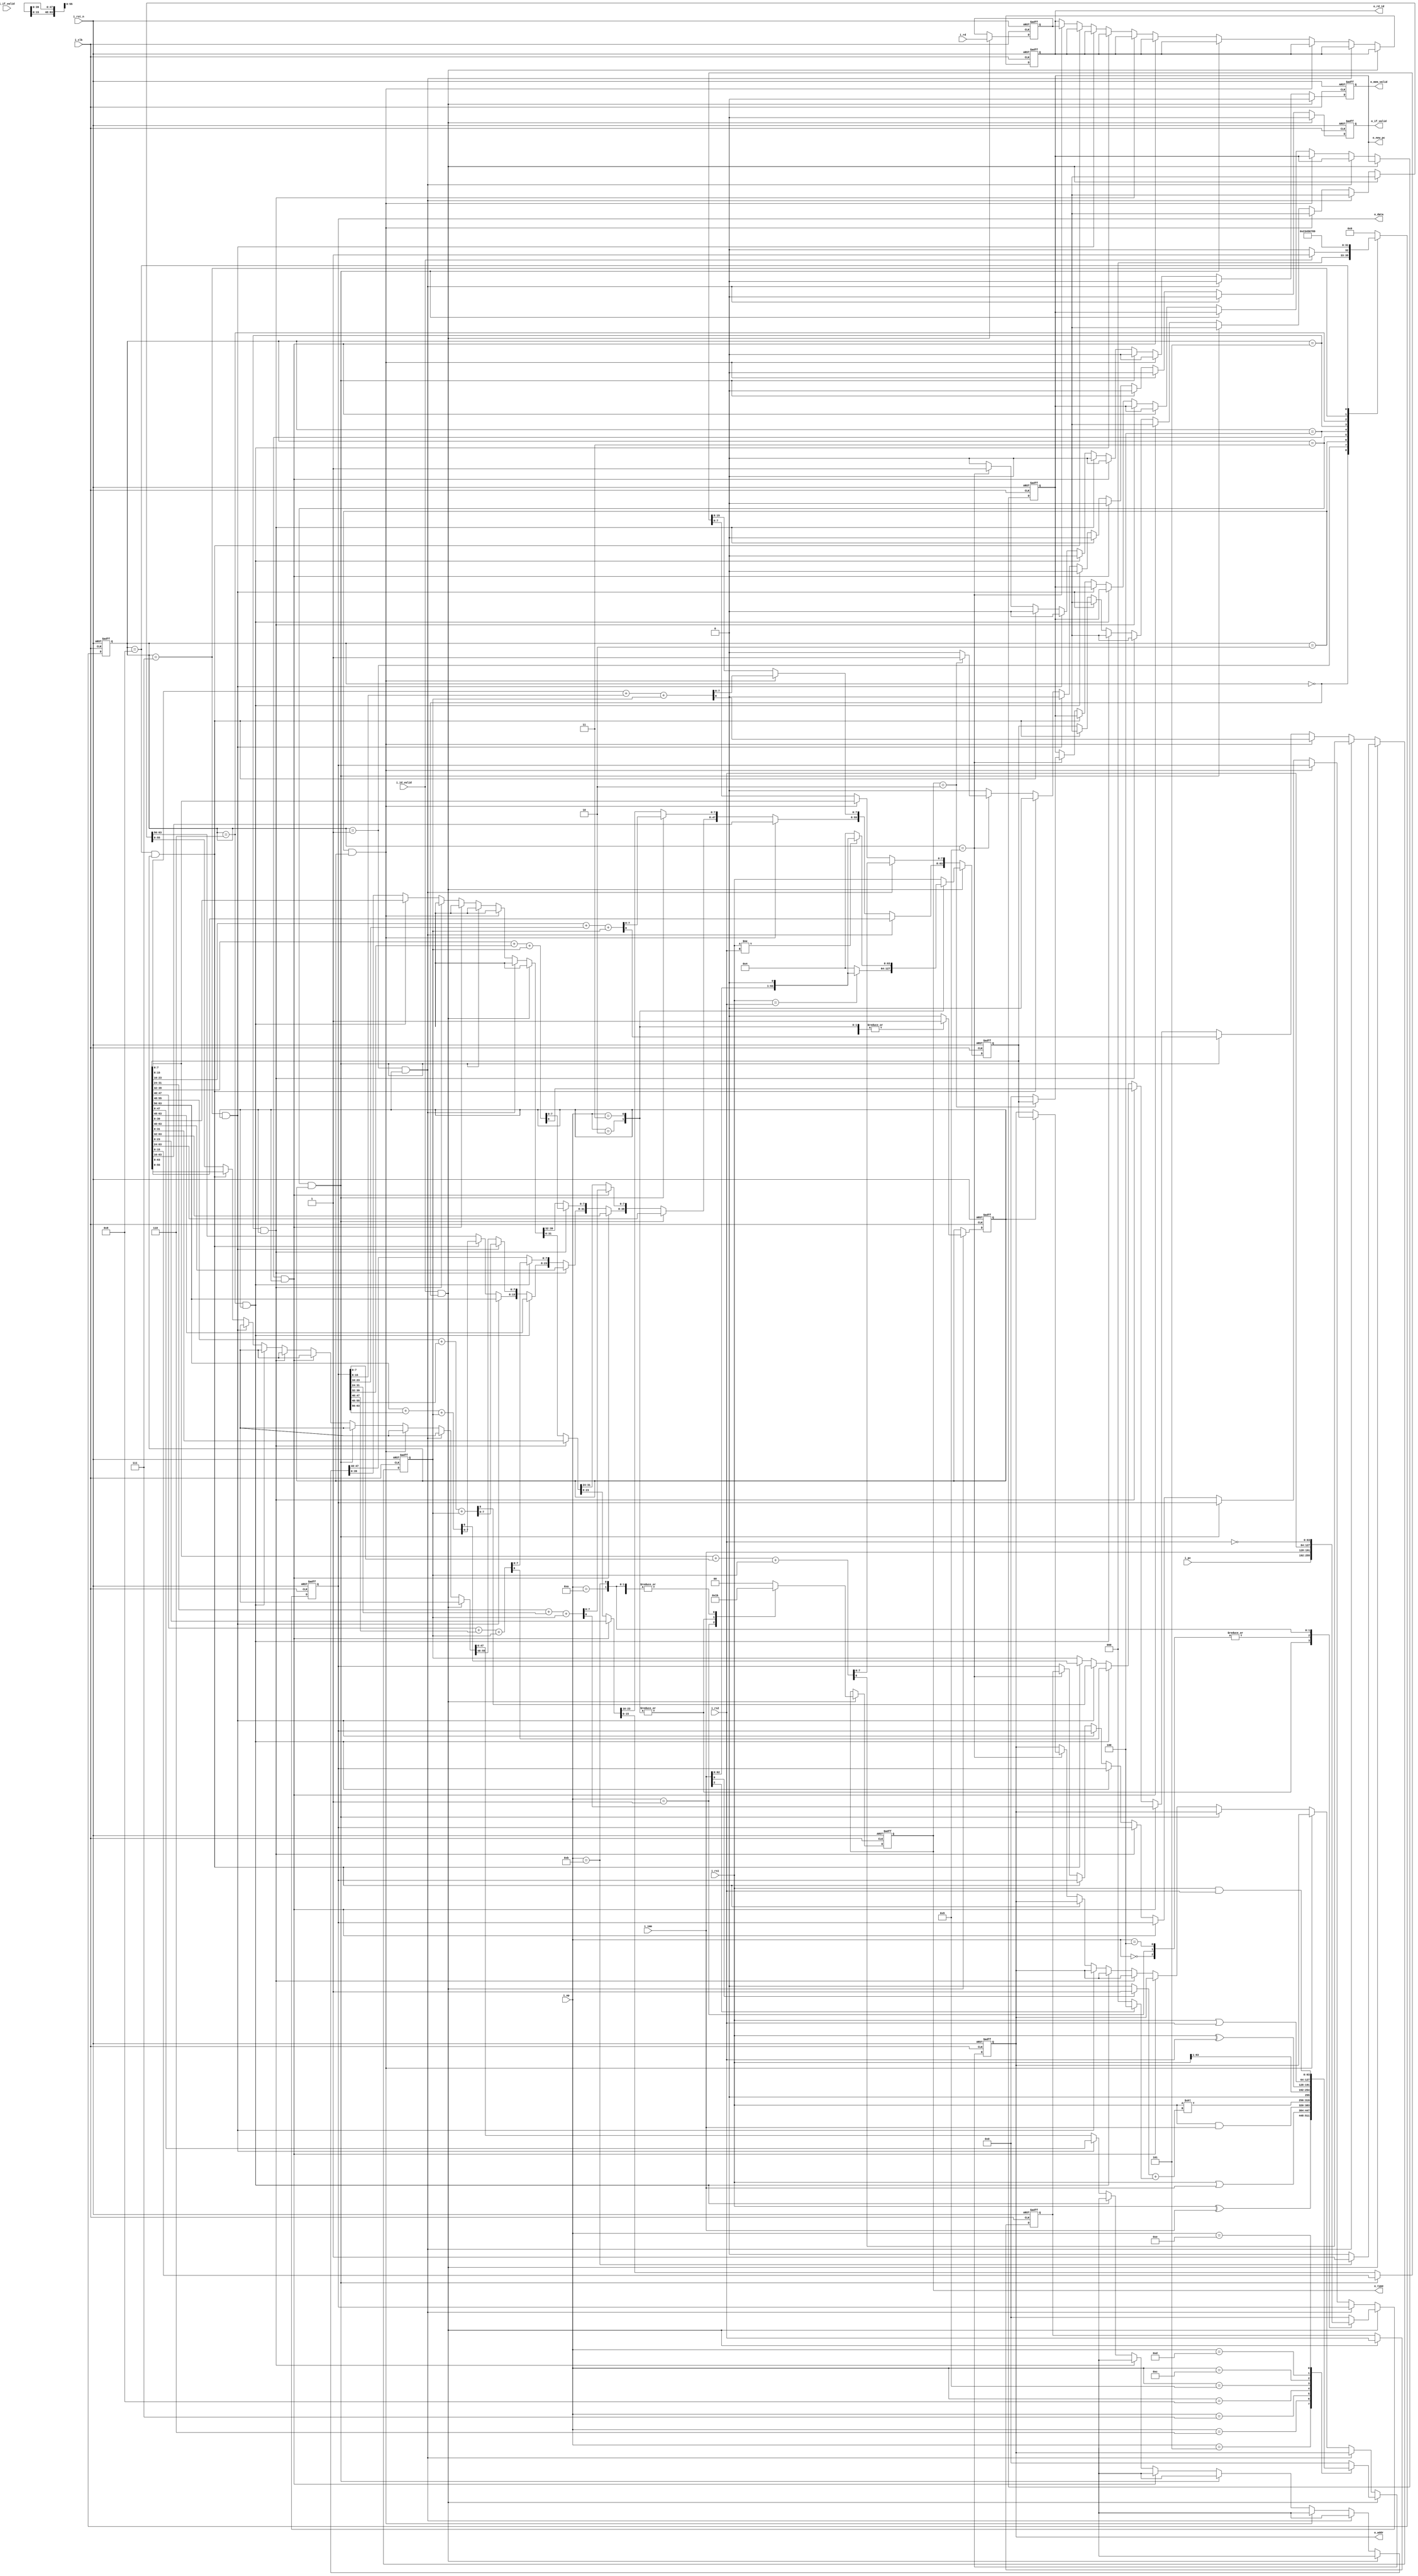
module EX #( 
	parameter ADDR_W = 64,
	parameter INST_W = 32,
	parameter DATA_W = 64

)(
    input                   i_clk,
    input                   i_rst_n,
    input                  i_id_valid,
    input [DATA_W-1 : 0] i_rs1,
    input [DATA_W-1 : 0] i_rs2,
    input [4 : 0]          i_rd,
    input [DATA_W-1 : 0] i_imm,
    input [3 : 0]          i_op,
    input [DATA_W-1 : 0] i_pc,
    input                  i_if_valid,
    output [DATA_W-1 : 0] o_addr,
    output [DATA_W-1 : 0] o_data,
    output [4 : 0]          o_rd_id,
    output [1 : 0]          o_type,
    output                  o_mem_valid,
    output [DATA_W-1:0]     o_new_pc,
    output                  o_if_valid

);
    parameter LD = 0;
    parameter SD = 1;
    parameter BEQ = 2;
    parameter BNE = 3;
    parameter ADDI = 4;
    parameter XORI = 5;
    parameter ORI = 6;
    parameter ANDI = 7;
    parameter SLLI = 8;
    parameter SRLI = 9;
    parameter ADD = 10;
    parameter SUB = 11;
    parameter XOR = 12;
    parameter OR = 13;
    parameter AND = 14;

    reg [DATA_W-1 : 0] o_addr_r, o_addr_w;
    reg [DATA_W-1 : 0] o_data_r, o_data_w;
    reg [4 : 0]          o_rd_id_r, o_rd_id_w;
    reg [1 : 0]          o_type_r, o_type_w;
    reg                  o_mem_valid_r, o_mem_valid_w;
    reg [DATA_W-1 : 0]     o_new_pc_r, o_new_pc_w;
    reg                  o_if_valid_r, o_if_valid_w;
    
    reg [3 : 0] cs, ns;
    reg [DATA_W-1 : 0] rs2_r, rs2_w;
    reg [4 : 0]          rd_r, rd_w;
    reg [3 : 0]          op_r, op_w;
    reg [DATA_W-1 : 0]  tmp_r, tmp_w;
    reg                  carry_r, carry_w;
    reg                  cont_r, cont_w;

    assign o_addr = o_addr_r;
    assign o_data = o_data_r;
    assign o_rd_id = o_rd_id_r;
    assign o_type = o_type_r;
    assign o_mem_valid = o_mem_valid_r;
    assign o_new_pc = o_new_pc_r;
    assign o_if_valid = o_if_valid_r;

    integer i;
    always @(*) begin
        if(i_id_valid && cs == 0) begin
            // $display("ex_start");
            rs2_w = i_rs2;
            rd_w = i_rd;
            op_w = i_op;
            case (i_op)
                LD: begin
                    tmp_w = i_rs1;
                    o_addr_w = 0;
                    o_data_w = i_imm;
                    carry_w = 0;
                    o_type_w = 0;
                    cont_w = 1;
                end
                SD: begin
                    tmp_w = i_rs1;
                    o_addr_w = 0;
                    o_data_w = i_imm;
                    carry_w = 0;
                    o_type_w = 1;
                    cont_w = 1;
                end
                BEQ: begin
                    // $display("branch");
                    if(i_rs1 == i_rs2) begin
                        tmp_w = i_imm << 1;
                        // $display("branch 1");
                    end else begin
                        tmp_w = 4;
                    end
                    o_addr_w = 0;
                    o_data_w = i_pc;
                    carry_w = 0;
                    o_type_w = 2;
                    cont_w = 1;
                    // $display("i_imm:\n%b\n tmp_w,o_data_w:\n%b\n%b",i_imm, tmp_w, o_data_w);
                end
                BNE: begin
                    // $display("branch");
                    if(i_rs1 != i_rs2) begin
                        tmp_w = i_imm << 1;
                        // $display("branch 1");
                    end else begin
                        tmp_w = 4;
                    end
                    o_addr_w = 0;
                    o_data_w = i_pc;
                    carry_w = 0;
                    o_type_w = 2;
                    cont_w = 1;
                    // $display("i_imm:\n%b\n tmp_w,o_data_w:\n%b\n%b",i_imm, tmp_w, o_data_w);
                end
                ADDI: begin
                    tmp_w = i_rs1;
                    o_addr_w = 0;
                    o_data_w = i_imm;
                    carry_w = 0;
                    o_type_w = 3;
                    cont_w = 1;
                end
                XORI: begin
                    tmp_w = i_rs1;
                    o_addr_w = i_rs1 ^ i_imm;
                    o_data_w = 0;
                    carry_w = 0;
                    o_type_w = 3;
                    cont_w = 0;
                end
                ORI: begin
                    tmp_w = i_rs1;
                    o_addr_w = i_rs1 | i_imm;
                    o_data_w = 0;
                    carry_w = 0;
                    o_type_w = 3;
                    cont_w = 0;
                end
                ANDI: begin
                    tmp_w = i_rs1;
                    o_addr_w = i_rs1 & i_imm;
                    o_data_w = 0;
                    carry_w = 0;
                    o_type_w = 3;
                    cont_w = 0;
                end
                SLLI: begin
                    tmp_w = i_rs1;
                    i = (i_imm[0])? 1 : 0;
                    i = i + ((i_imm[2])? 4 : 0);
                    o_addr_w = i_rs1 << i[3 : 0];
                    o_data_w = 0;
                    carry_w = 0;
                    o_type_w = 3;
                    cont_w = 0;
                end
                SRLI: begin
                    tmp_w = i_rs1;
                    o_addr_w = i_rs1 >> 1;
                    o_data_w = 0;
                    carry_w = 0;
                    o_type_w = 3;
                    cont_w = 0;
                end
                ADD: begin
                    tmp_w = i_rs1;
                    o_addr_w = 0;
                    o_data_w = i_rs2;
                    carry_w = 0;
                    o_type_w = 3;
                    cont_w = 1;
                end
                SUB: begin
                    tmp_w = i_rs1;
                    o_addr_w = 0;
                    o_data_w = ~i_rs2;
                    carry_w = 1;
                    o_type_w = 3;
                    cont_w = 1;
                end
                XOR: begin
                    tmp_w = i_rs1;
                    o_addr_w = i_rs1 ^ i_rs2;
                    o_data_w = 0;
                    carry_w = 0;
                    o_type_w = 3;
                    cont_w = 0;
                end
                OR: begin
                    tmp_w = i_rs1;
                    o_addr_w = i_rs1 | i_rs2;
                    o_data_w = 0;
                    carry_w = 0;
                    o_type_w = 3;
                    cont_w = 0;
                end
                AND: begin
                    tmp_w = i_rs1;
                    o_addr_w = i_rs1 & i_rs2;
                    o_data_w = 0;
                    carry_w = 0;
                    o_type_w = 3;
                    cont_w = 0;
                end
                default: begin
                    tmp_w = i_rs1;
                    o_addr_w = 0;
                    o_data_w = 0;
                    carry_w = 0;
                    o_type_w = 0;
                    cont_w = 0;
                end
            endcase
            o_rd_id_w = o_rd_id_r;
            o_mem_valid_w = 0;
            o_new_pc_w = o_new_pc_r;
            o_if_valid_w = 0;
            // $display("op: %d(beq2,bne3), imm: %d", i_op, tmp_w);
        end else if (cs == 1 && cont_r) begin
            // $display("tmp_r:%d, o_data_r: %d",tmp_r, o_data_r);
            {carry_w, tmp_w[7 : 0]} =  tmp_r[7 : 0] + o_data_r[7 : 0] + carry_r;
            tmp_w[63 : 8] = tmp_r[63 : 8];
            o_addr_w = o_addr_r;
            o_data_w = o_data_r;  
            o_rd_id_w = o_rd_id_r;
            o_type_w = o_type_r;
            o_mem_valid_w = 0;
            o_new_pc_w = o_new_pc_r;
            o_if_valid_w = 0;
            rs2_w = rs2_r;
            rd_w = rd_r;
            op_w = op_r;
            cont_w = cont_r;
        end else if (cs == 2 && cont_r) begin
            {carry_w, tmp_w[15 : 8]} =  tmp_r[15 : 8] + o_data_r[15 : 8] + carry_r;
            tmp_w[7 : 0] = tmp_r[7 : 0];
            tmp_w[63 : 16] = tmp_r[63 : 16];
            o_addr_w = o_addr_r;
            o_data_w = o_data_r;  
            o_rd_id_w = o_rd_id_r;
            o_type_w = o_type_r;
            o_mem_valid_w = 0;
            o_new_pc_w = o_new_pc_r;
            o_if_valid_w = 0;
            rs2_w = rs2_r;
            rd_w = rd_r;
            op_w = op_r;
            cont_w = cont_r;
        end else if (cs == 3 && cont_r) begin
            {carry_w, tmp_w[23 : 16]} =  tmp_r[23 : 16] + o_data_r[23 : 16] + carry_r;
            tmp_w[15 : 0] = tmp_r[15 : 0];
            tmp_w[63 : 24] = tmp_r[63 : 24];
            o_addr_w = o_addr_r;
            o_data_w = o_data_r;  
            o_rd_id_w = o_rd_id_r;
            o_type_w = o_type_r;
            o_mem_valid_w = 0;
            o_new_pc_w = o_new_pc_r;
            o_if_valid_w = 0;
            rs2_w = rs2_r;
            rd_w = rd_r;
            op_w = op_r;
            cont_w = cont_r;
        end else if (cs == 4 && cont_r) begin
            {carry_w, tmp_w[31 : 24]} =  tmp_r[31 : 24] + o_data_r[31 : 24] + carry_r;
            tmp_w[23 : 0] = tmp_r[23 : 0];
            tmp_w[63 : 32] = tmp_r[63 : 32];
            o_addr_w = o_addr_r;
            o_data_w = o_data_r;  
            o_rd_id_w = o_rd_id_r;
            o_type_w = o_type_r;
            o_mem_valid_w = 0;
            o_new_pc_w = o_new_pc_r;
            o_if_valid_w = 0;
            rs2_w = rs2_r;
            rd_w = rd_r;
            op_w = op_r;
            cont_w = cont_r;
        end else if (cs == 5 && cont_r) begin
            {carry_w, tmp_w[39 : 32]} =  tmp_r[39 : 32] + o_data_r[39 : 32] + carry_r;
            tmp_w[31 : 0] = tmp_r[31 : 0];
            tmp_w[63 : 40] = tmp_r[63 : 40];
            o_addr_w = o_addr_r;
            o_data_w = o_data_r;  
            o_rd_id_w = o_rd_id_r;
            o_type_w = o_type_r;
            o_mem_valid_w = 0;
            o_new_pc_w = o_new_pc_r;
            o_if_valid_w = 0;
            rs2_w = rs2_r;
            rd_w = rd_r;
            op_w = op_r;
            cont_w = cont_r;
        end else if (cs == 6 && cont_r) begin
            {carry_w, tmp_w[47 : 40]} =  tmp_r[47 : 40] + o_data_r[47 : 40] + carry_r;
            tmp_w[39 : 0] = tmp_r[39 : 0];
            tmp_w[63 : 48] = tmp_r[63 : 48];
            o_addr_w = o_addr_r;
            o_data_w = o_data_r;  
            o_rd_id_w = o_rd_id_r;
            o_type_w = o_type_r;
            o_mem_valid_w = 0;
            o_new_pc_w = o_new_pc_r;
            o_if_valid_w = 0;
            rs2_w = rs2_r;
            rd_w = rd_r;
            op_w = op_r;
            cont_w = cont_r;
        end else if (cs == 7 && cont_r) begin
            {carry_w, tmp_w[55 : 48]} =  tmp_r[55 : 48] + o_data_r[55 : 48] + carry_r;
            tmp_w[47 : 0] = tmp_r[47 : 0];
            tmp_w[63 : 56] = tmp_r[63 : 56];
            o_addr_w = o_addr_r;
            o_data_w = o_data_r;  
            o_rd_id_w = o_rd_id_r;
            o_type_w = o_type_r;
            o_mem_valid_w = 0;
            o_new_pc_w = o_new_pc_r;
            o_if_valid_w = 0;
            rs2_w = rs2_r;
            rd_w = rd_r;
            op_w = op_r;
            cont_w = cont_r;
        end else if (cs == 8 && cont_r) begin
            {carry_w, tmp_w[63 : 56]} =  tmp_r[63 : 56] + o_data_r[63 : 56] + carry_r;
            tmp_w[55 : 0] = tmp_r[55 : 0];
            o_addr_w = o_addr_r;
            o_data_w = o_data_r;  
            o_rd_id_w = o_rd_id_r;
            o_type_w = o_type_r;
            o_mem_valid_w = 0;
            o_new_pc_w = o_new_pc_r;
            o_if_valid_w = 0;
            rs2_w = rs2_r;
            rd_w = rd_r;
            op_w = op_r;
            cont_w = cont_r;
        end else if (cs == 9) begin
            if(cont_r) begin
                o_addr_w = tmp_r;
            end else begin
                o_addr_w = o_addr_r;
            end
            o_data_w = rs2_r;
            o_rd_id_w = rd_r;
            o_type_w = o_type_r;
            o_mem_valid_w = 1;
            if(o_type_w == 2) begin
                o_new_pc_w = tmp_r;
                o_if_valid_w = 1;
                // $display("o_new_pc_w:\n%b\n%b", tmp_r, tmp_w);
            end else begin
                o_new_pc_w = 0;
                o_if_valid_w = 0;
            end
            rs2_w = rs2_r;
            rd_w = rd_r;
            op_w = op_r;
            tmp_w = tmp_r;
            carry_w = carry_r;
            cont_w = cont_r;
            // $display("tmp_r:%d, new_pc_w: %d, new_pc_r: %d",tmp_r, o_new_pc_w, o_new_pc_r);
        end else begin
            o_addr_w = o_addr_r;
            o_data_w = o_data_r;  
            o_rd_id_w = o_rd_id_r;
            o_type_w = o_type_r;
            o_mem_valid_w = 0;
            o_new_pc_w = o_new_pc_r;
            o_if_valid_w = 0;
            rs2_w = rs2_r;
            rd_w = rd_r;
            op_w = op_r;
            tmp_w = tmp_r;
            carry_w = carry_r;
            cont_w = cont_r;
        end
    end

    always @(*) begin
        case (cs)
            0: ns = (i_id_valid) ? 1 : 0;
        	1: ns = 2;
        	2: ns = 3;
        	3: ns = 4;
            4: ns = 5;
            5: ns = 6;
            6: ns = 7;
            7: ns = 8;
            8: ns = 9;
            9: ns = 0;
            default: ns = 0;
        endcase
    end

    // sequential part
    always @(posedge i_clk or negedge i_rst_n) begin
        if (~i_rst_n) begin
            o_addr_r <= 0;
            o_data_r <= 0;
            o_rd_id_r <= 0;
            o_type_r <= 0;
            o_mem_valid_r <= 0;
            o_new_pc_r <= 0;
            o_if_valid_r <= 0;
            cs <= 0;
            rs2_r <= 0;
            rd_r <= 0;
            op_r <= 0;
            tmp_r <= 0;
            carry_r <= 0;
            cont_r <= 0;
        end else begin
            o_addr_r <= o_addr_w;
            o_data_r <= o_data_w;
            o_rd_id_r <= o_rd_id_w;
            o_type_r <= o_type_w;
            o_mem_valid_r <= o_mem_valid_w;
            o_new_pc_r <= o_new_pc_w;
            o_if_valid_r <= o_if_valid_w;
            cs <= ns;
            rs2_r <= rs2_w;
            rd_r <= rd_w;
            op_r <= op_w;
            tmp_r <= tmp_w;
            carry_r <= carry_w;
            cont_r <= cont_w;
        end
    end

endmodule